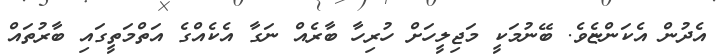
އެދުން އެކަންޏެވެ. ބޭނުމަކީ މަޖިލީހަށް ހުރިހާ ބާރެއް ނަގާ އެކެއްގެ އަތްމަތީގައި ބާރުތައް